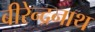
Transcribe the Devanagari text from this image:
बीरेन्द्रनाथ